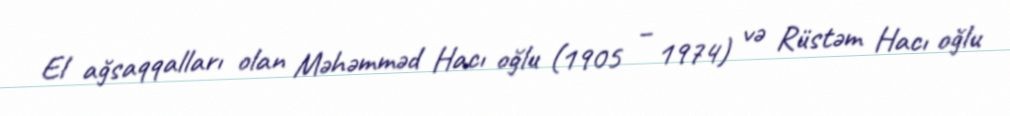
El ağsaqqalları olan Məhəmməd Hacı oğlu (1905 – 1974) və Rüstəm Hacı oğlu